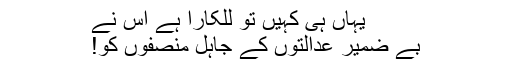
یہاں ہی کہیں تو للکارا ہے اُس نے
بے ضمیر عدالتوں کے جاہل منصفوں کو!